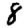
Digit: 8